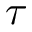
\boldsymbol { \tau }